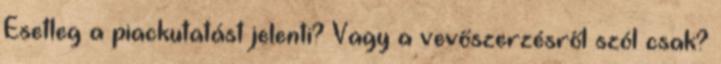
Esetleg a piackutatást jelenti? Vagy a vevőszerzésről szól csak?